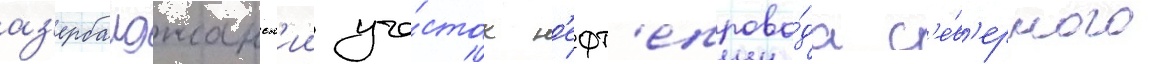
аз'ербаиджанск'ии уча́сток н'ефт'епрово́да с'е́в'ерного